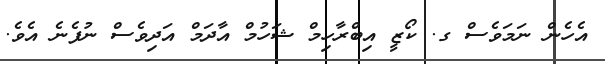
އެހެން ނަމަވެސް ގ. ކޯޒީ އިބްރާހިމް ޝަހުމް އާދަމް އަދިވެސް ނުފެނެ އެވެ.